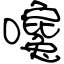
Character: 嚵